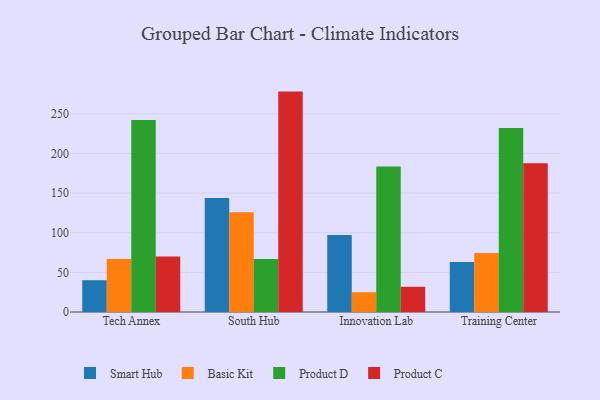
{"axis": {"x": "Campus", "y": "Latency (ms)"}, "legend": ["Basic Kit", "Product C", "Product D", "Smart Hub"], "data": [{"x": "Tech Annex", "y": 40.1, "type": "Smart Hub"}, {"x": "Tech Annex", "y": 66.8, "type": "Basic Kit"}, {"x": "Tech Annex", "y": 242.1, "type": "Product D"}, {"x": "Tech Annex", "y": 70.0, "type": "Product C"}, {"x": "South Hub", "y": 143.9, "type": "Smart Hub"}, {"x": "South Hub", "y": 125.8, "type": "Basic Kit"}, {"x": "South Hub", "y": 67.0, "type": "Product D"}, {"x": "South Hub", "y": 278.0, "type": "Product C"}, {"x": "Innovation Lab", "y": 97.0, "type": "Smart Hub"}, {"x": "Innovation Lab", "y": 25.0, "type": "Basic Kit"}, {"x": "Innovation Lab", "y": 183.4, "type": "Product D"}, {"x": "Innovation Lab", "y": 31.8, "type": "Product C"}, {"x": "Training Center", "y": 63.0, "type": "Smart Hub"}, {"x": "Training Center", "y": 74.3, "type": "Basic Kit"}, {"x": "Training Center", "y": 232.2, "type": "Product D"}, {"x": "Training Center", "y": 187.7, "type": "Product C"}]}